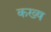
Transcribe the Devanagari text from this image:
कख्ष